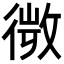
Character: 𢕄